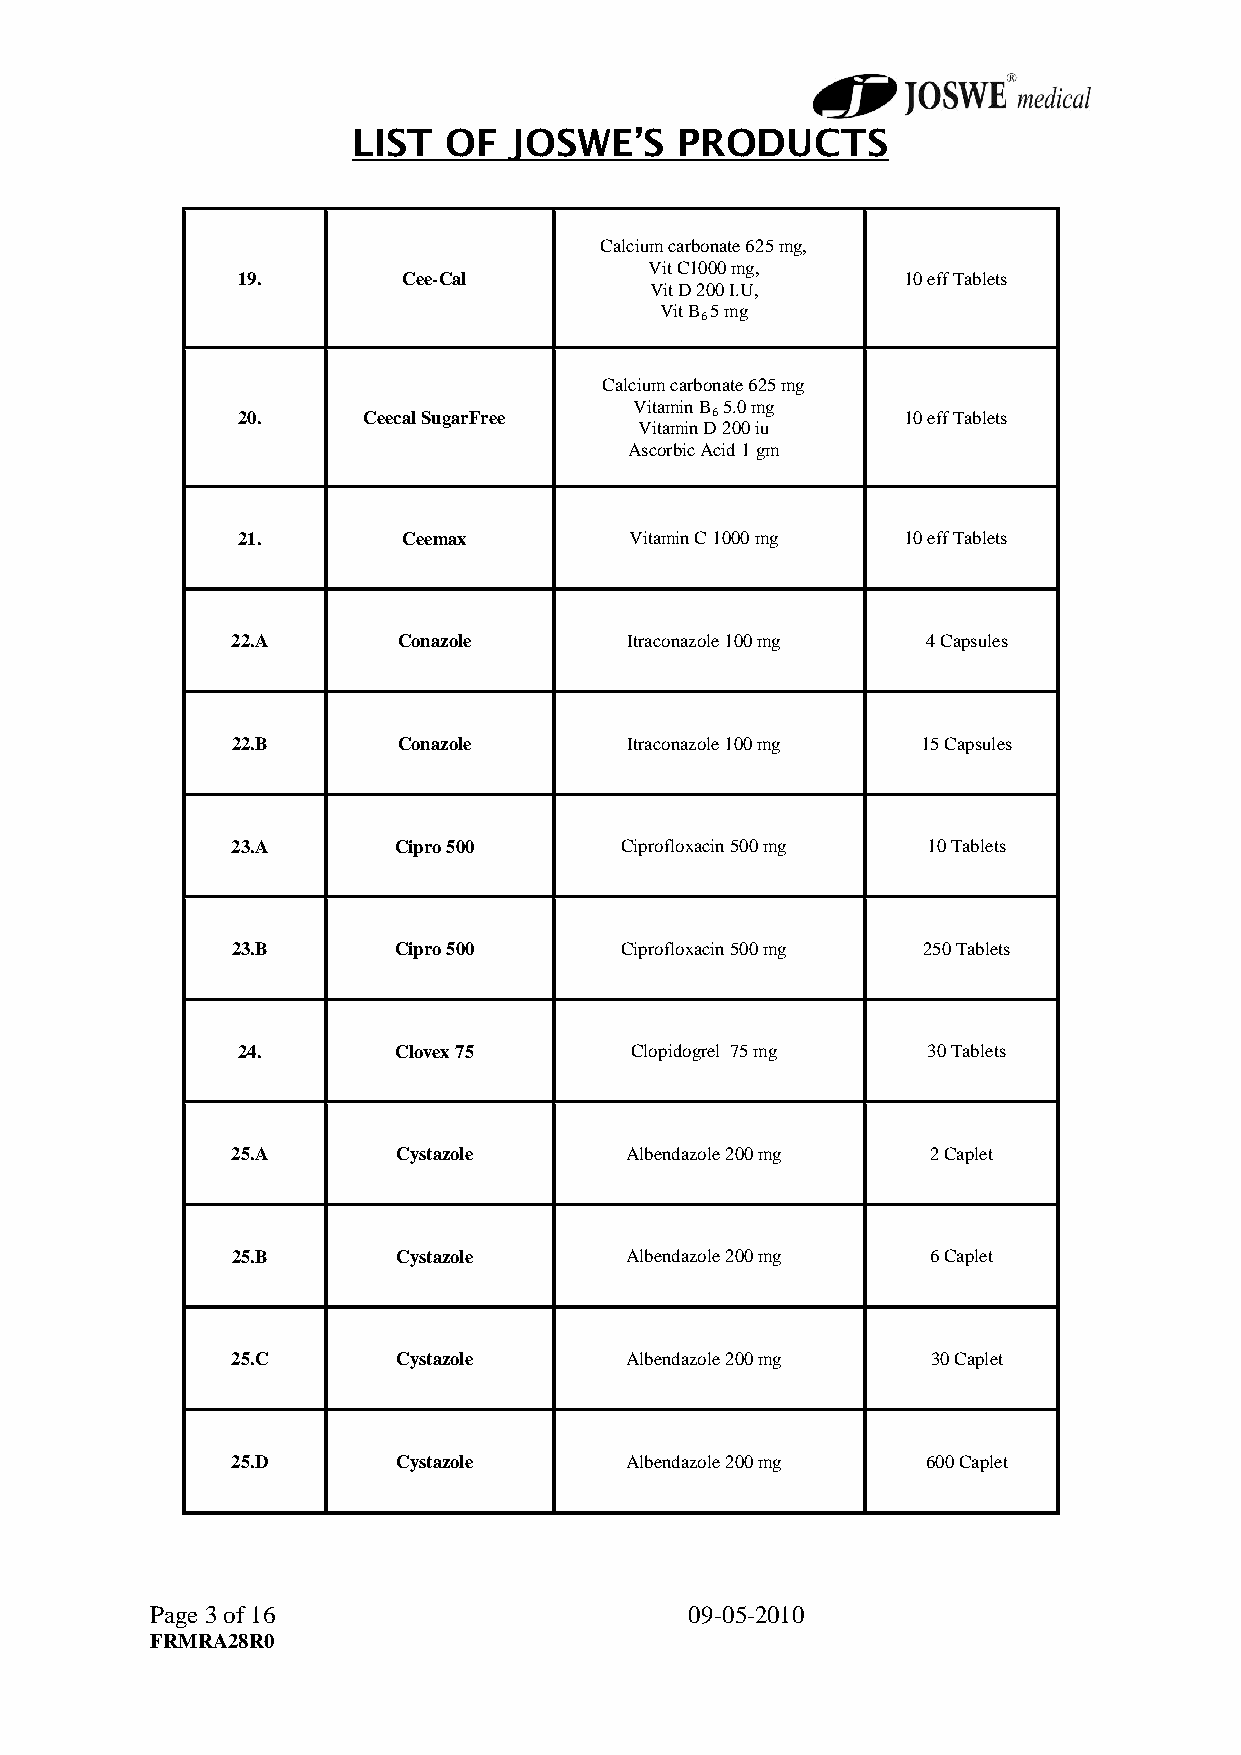
LIST   OF  JOSWE’S    PRODUCTS
 Calcium carbonate 625 mg,
 Vit C1000 mg,
 19.        Cee-Cal                          10 eff Tablets
 Vit D 200 I.U,
 Vit B 5 mg
 6
 Calcium carbonate 625 mg
 Vitamin B 5.0 mg
 20.     Ceecal SugarFree       6            10 eff Tablets
 Vitamin D 200 iu
 Ascorbic Acid 1 gm
 21.        Ceemax         Vitamin C 1000 mg 10 eff Tablets
 22.A       Conazole       Itraconazole 100 mg 4 Capsules
 22.B       Conazole       Itraconazole 100 mg 15 Capsules
 23.A       Cipro 500      Ciprofloxacin 500 mg 10 Tablets
 23.B       Cipro 500      Ciprofloxacin 500 mg 250 Tablets
 24.       Clovex 75       Clopidogrel 75 mg  30 Tablets
 25.A       Cystazole      Albendazole 200 mg   2 Caplet
 25.B       Cystazole      Albendazole 200 mg   6 Caplet
 25.C       Cystazole      Albendazole 200 mg   30 Caplet
 25.D       Cystazole      Albendazole 200 mg  600 Caplet
 Page 3 of 16                        09-05-2010
 FRMRA28R0